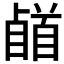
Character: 𩠥